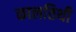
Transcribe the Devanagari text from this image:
कालतिथी